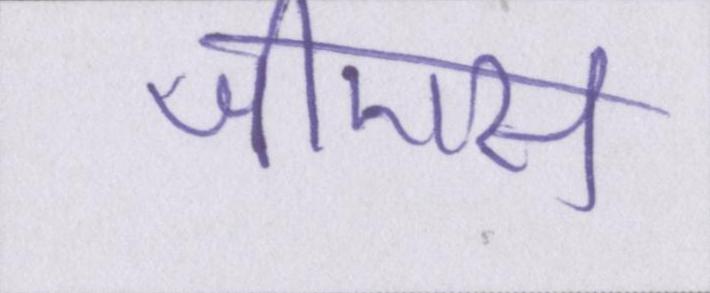
जीएस